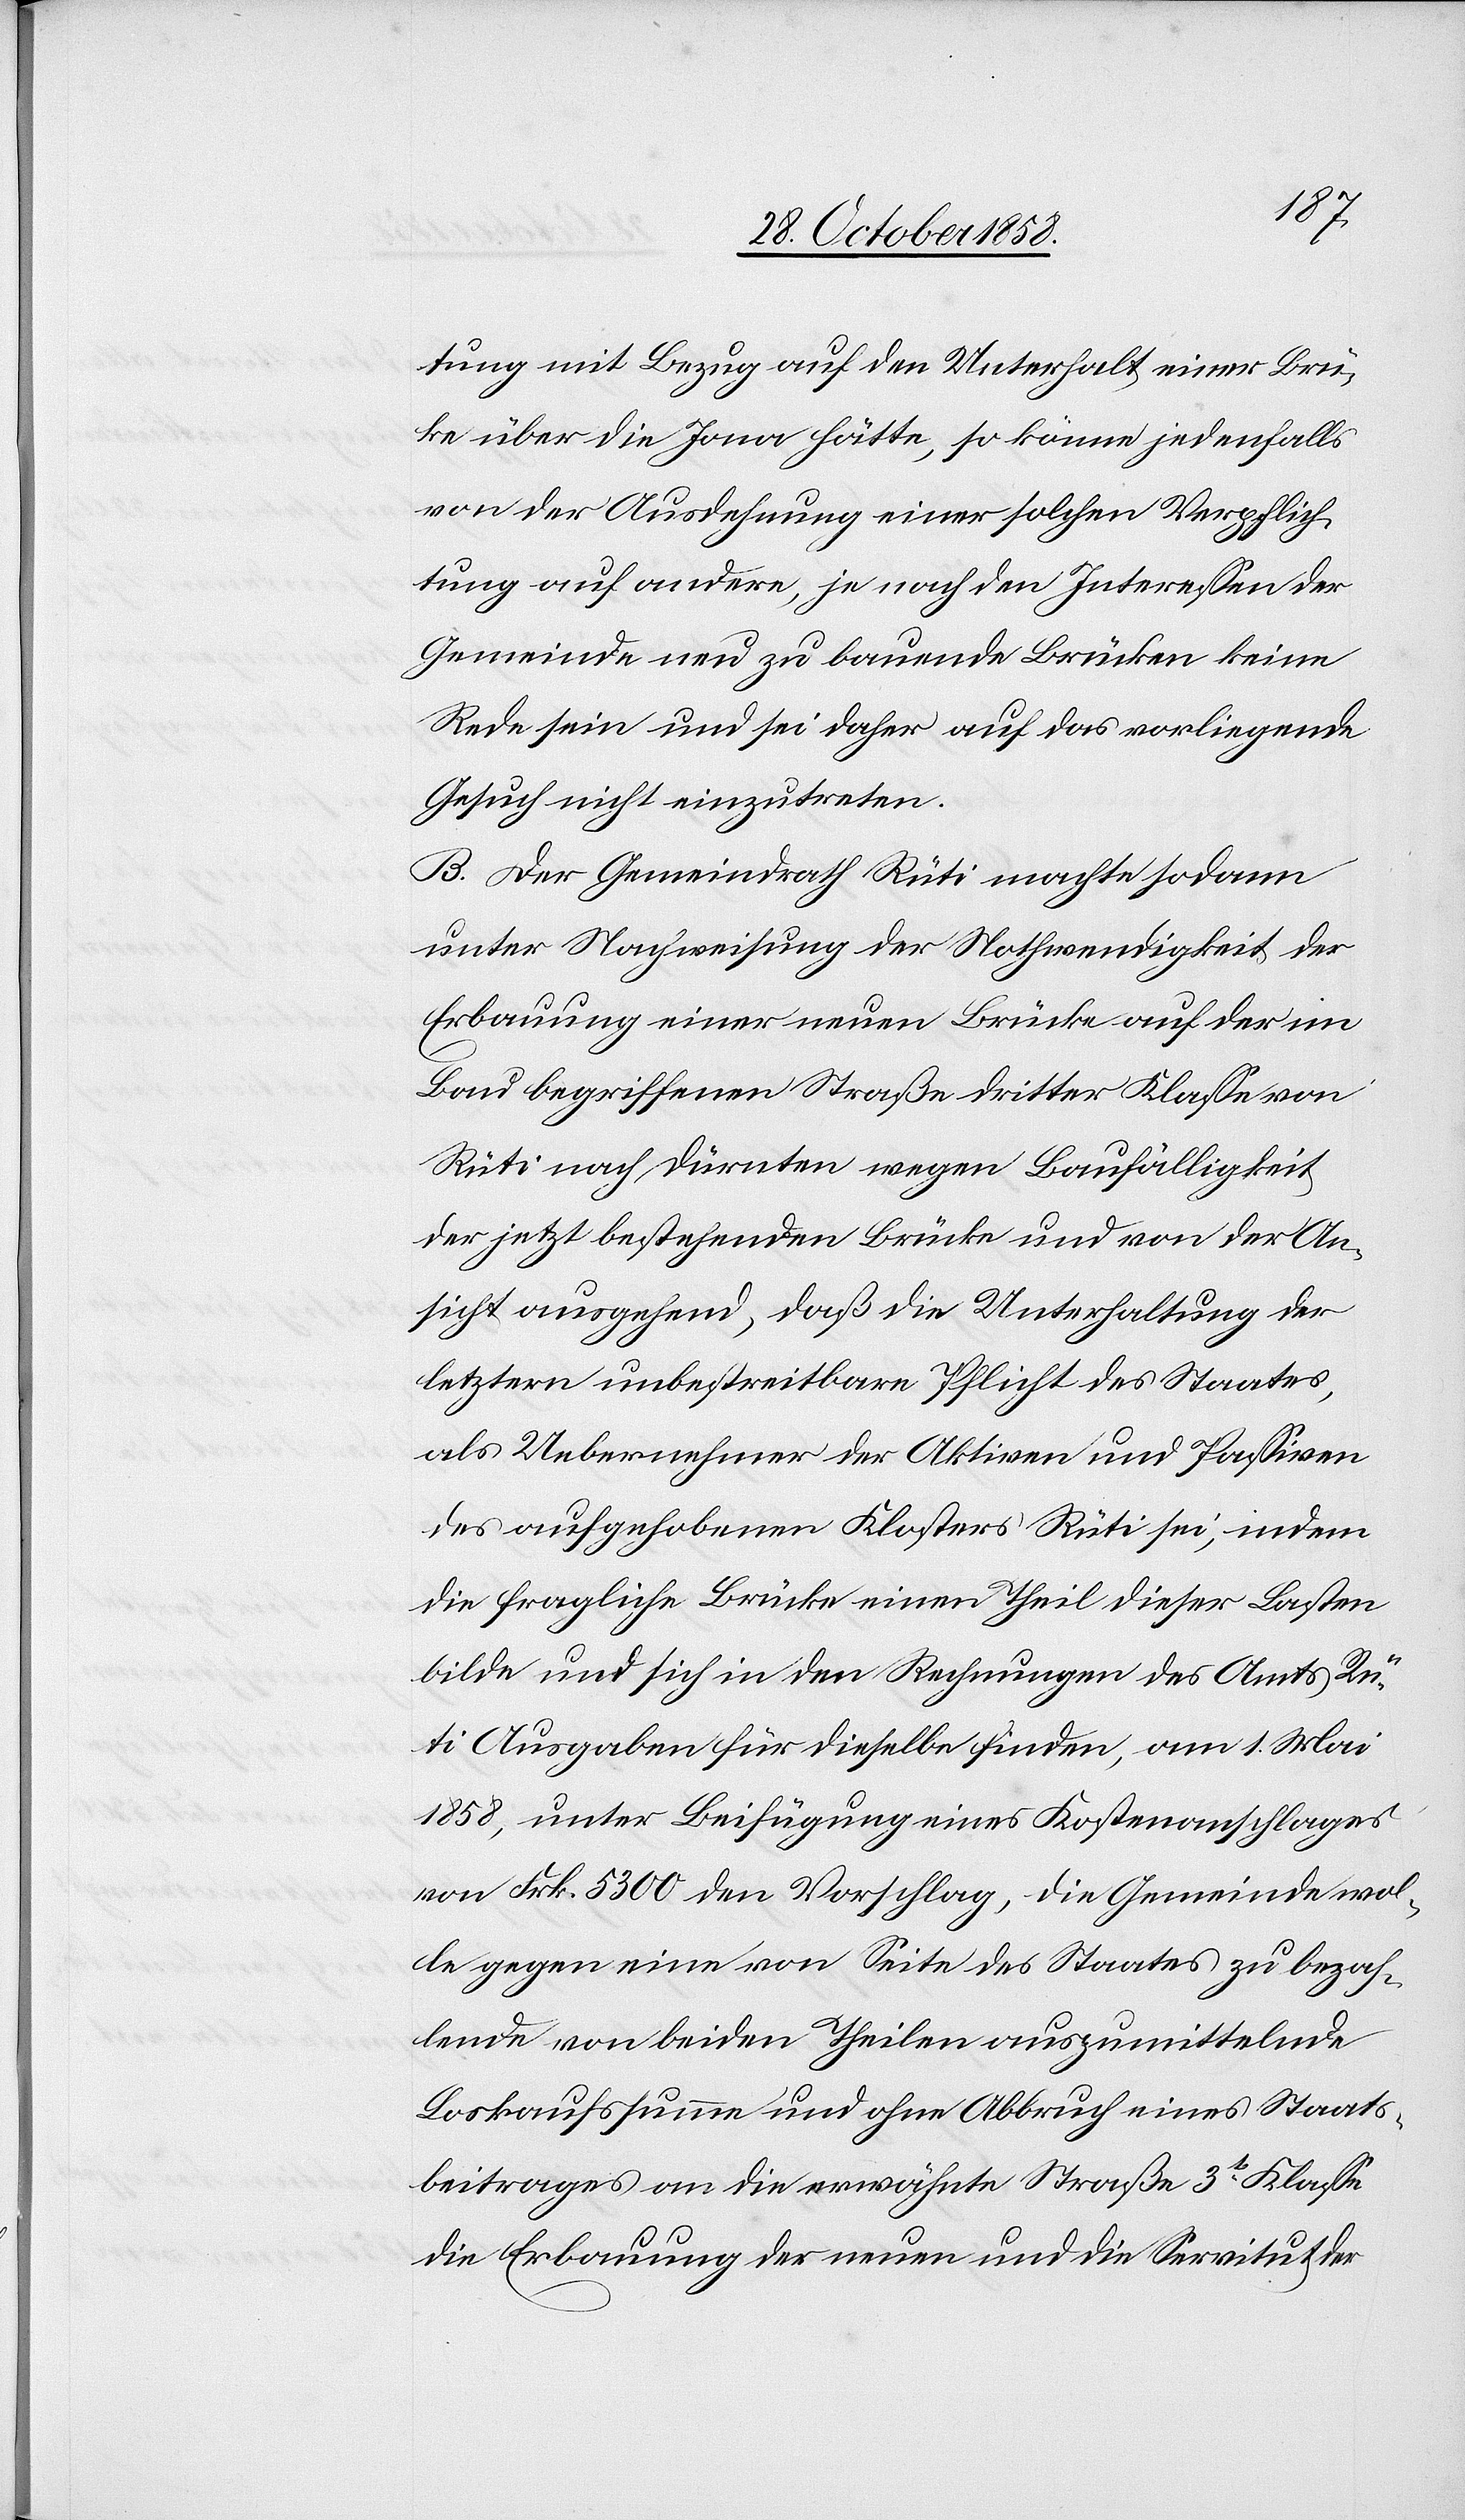
tung mit Bezug auf den Unterhalt einer Brü[c]k¬
e über die Jona hätte, so könne jedenfalls
von der Ausdehnung einer solchen Verpflich¬
tung auf andere, je nach den Interessen der
Gemeinde neu zu bauende Brücken keine
Rede sein und sei daher auf das vorliegende
Gesuch nicht einzutreten.
B. Der Gemeindrath Rüti machte sodann
unter Nachweisung der Nothwendigkeit der
Erbauung einer neuen Brücke auf der im
Bau begriffenen Straße dritter Klasse von
Rüti nach Dürnten wegen Baufälligkeit
der jetzt bestehenden Brücke und von der An¬
sicht ausgehend, daß die Unterhaltung der
letztern unbestreitbare Pflicht des Staates,
als Uebernehmer der Aktiven und Passiven
des aufgehobenen Klosters Rüti sei, indem
die fragliche Brücke einen Theil dieser Lasten
bilde und sich in den Rechnungen des Amts Rü¬
ti Ausgaben für dieselbe finden, am 1. Mai
1858, unter Beifügung eines Kostenanschlages
von Frk. 5300 den Vorschlag, die Gemeinde wol¬
le gegen eine von Seite des Staates zu bezah¬
lende von beiden Theilen auszumittelnde
Loskaufssumme und ohne Abbruch eines Staats¬
beitrages an die erwähnte Straße 3t Klasse
die Erbauung der neuen und die Servitut der